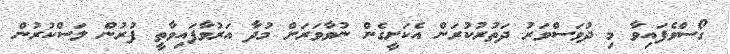
ގޯސްވެފައިވާ މި ދުވަސްވަރު ދަތުރުކުރަން އެކަށީގެން ނުވާވަރަށް މުދާ އަރުވާފައިވާތީ ފުރުން ލަސްކުރުން